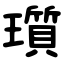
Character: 瓆